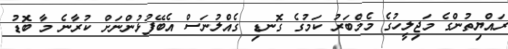
ރައްޔިތުންގެ މަޖިލީހުގެ މެމްބަރު ކަމުގެ ގޮނޑި ގެއްލުނަސް އެބޭފުޅުންނަށް ކުރާނެ މާ ބޮޑު